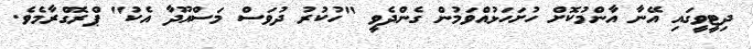
ދިޓީވީގައި އޭނާ އާންމުކޮށް ހުށަހަޅުއްވަމުން ގެންދެވީ "ހުކުރު ދުވަސް މަސްއޫދާ އެކު" ޕްރޮގްރާމެވެ.